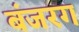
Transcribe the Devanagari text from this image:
बंजरग